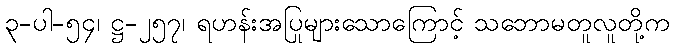
၃-ပါ-၅၄၊ ဋ္ဌ-၂၅၇၊ ရဟန်းအပြုများသောကြောင့် သဘောမတူလူတို့က